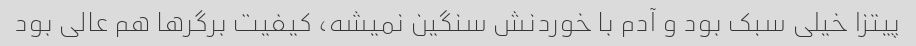
پیتزا خیلی سبک بود و آدم با خوردنش سنگین نمیشه، کیفیت برگرها هم عالی بود